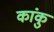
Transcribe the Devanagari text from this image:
कांकु